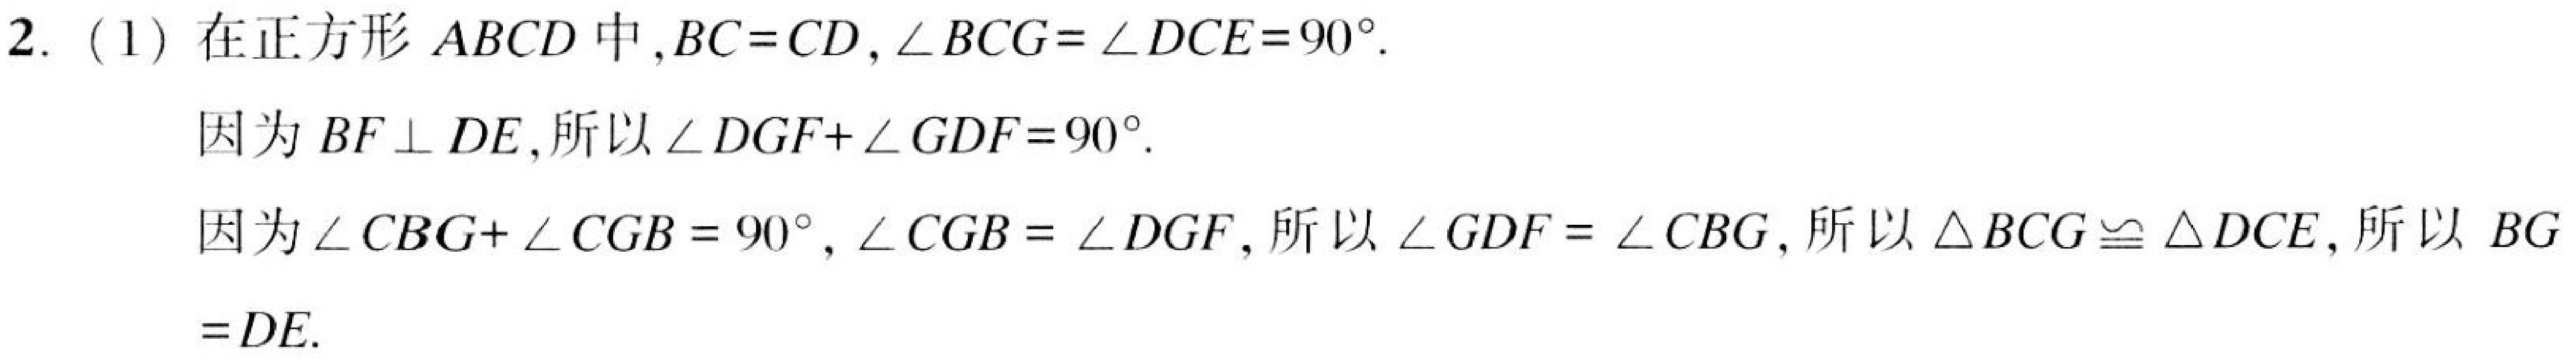
2. (1) 在正方形 \(ABCD\) 中,\(BC = CD\), \(\angle BCG=\angle DCE = 90^{\circ}\).

因为 \(BF\perp DE\),所以 \(\angle DGF+\angle GDF = 90^{\circ}\).

因为 \(\angle CBG+\angle CGB = 90^{\circ}\), \(\angle CGB=\angle DGF\), 所以 \(\angle GDF=\angle CBG\), 所以 \(\triangle BCG\cong\triangle DCE\), 所以 \(BG = DE\).